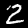
Label: 2